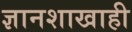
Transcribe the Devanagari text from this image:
ज्ञानशाखाही